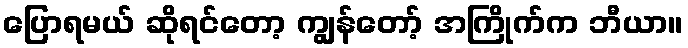
ပြောရမယ် ဆိုရင်တော့ ကျွန်တော့် အကြိုက်က ဘီယာ။